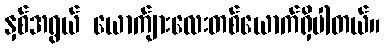
နှစ်အရွယ် ယောက်ျားလေးတစ်ယောက်ရှိပါတယ်။